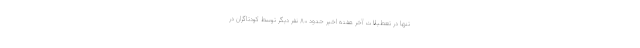
تنها در تعطیلات آخر هفته اخیر حدود ۸۰ نفر دیگر توسط کودتاگران در